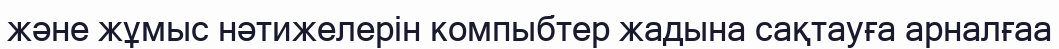
және жұмыс нәтижелерін компыбтер жадына сақтауға арналғаа